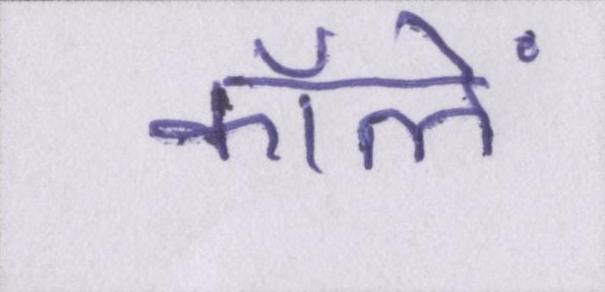
कॉलें